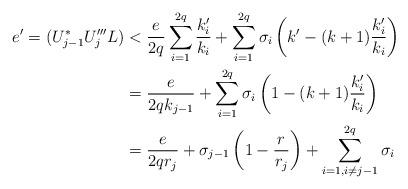
LaTeX: \begin{align*}e' = (U_{j-1}^*U'''_jL) &< \frac{e}{2q}\sum_{i=1}^{2q}\frac{k'_i}{k_i} +\sum_{i=1}^{2q}\sigma_i\left(k'-(k+1)\frac{k'_i}{k_i}\right)\\&=\frac{e}{2qk_{j-1}}+\sum_{i=1}^{2q}\sigma_i\left(1-(k+1)\frac{k'_i}{k_i}\right)\\&=\frac{e}{2qr_j}+ \sigma_{j-1}\left(1-\frac{r}{r_j}\right)+\sum_{i=1, i\neq j-1}^{2q}\sigma_i \end{align*}